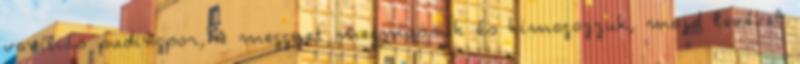
vaníliás pudingpor, A meggyet megmossuk és kimagozzuk, majd levével